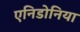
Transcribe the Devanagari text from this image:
एनिडोनिया